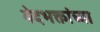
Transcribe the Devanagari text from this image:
वेदभक्तांच्या